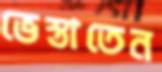
ভেস্তাতেন